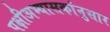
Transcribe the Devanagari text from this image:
पक्षीअभ्यासकांनुसार